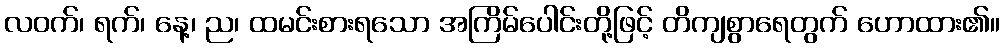
လဝက်၊ ရက်၊ နေ့၊ ည၊ ထမင်းစားရသော အကြိမ်ပေါင်းတို့ဖြင့် တိကျစွာရေတွက် ဟောထား၏။